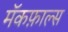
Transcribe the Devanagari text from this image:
मॅकफ़ाल्स